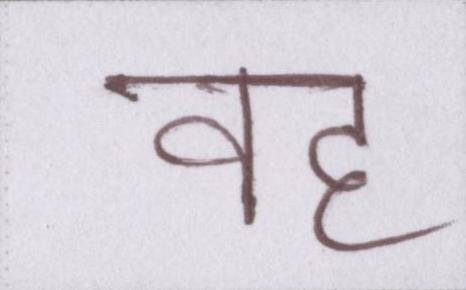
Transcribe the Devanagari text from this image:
वह